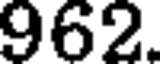
962.